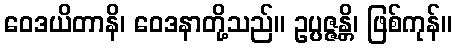
ဝေဒယိတာနိ၊ ဝေဒနာတို့သည်။ ဥပ္ပဇ္ဇန္တိ၊ ဖြစ်ကုန်။